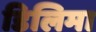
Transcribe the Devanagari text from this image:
डिलिमा